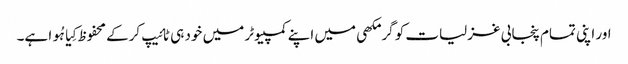
اور اپنی تمام پنجابی غزلیات کو گرمکھی میں اپنے کمپیوٹر میں خود ہی ٹائیپ کرکے محفوظ کِیا ہُوا ہے۔